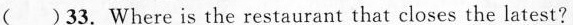
（）33. Where is the restaurant that closes the latest?